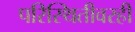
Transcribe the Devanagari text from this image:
परिस्थितीवरही